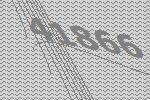
41866